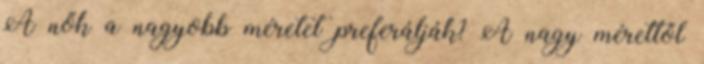
A nők a nagyobb méretet preferálják? A nagy mérettől